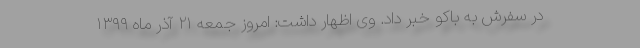
در سفرش به باکو خبر داد. وی اظهار داشت: امروز جمعه ۲۱ آذر ماه ۱۳۹۹